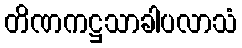
တိဏကဋ္ဌသာခါပလာသံ